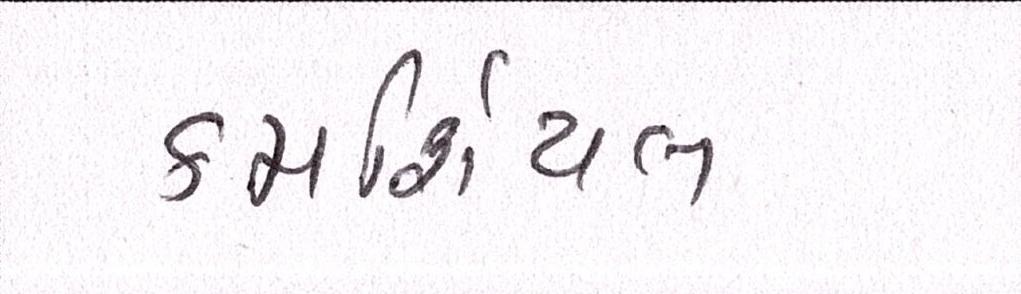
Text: કમર્શિયલ